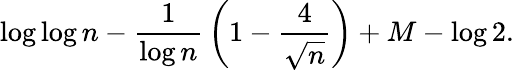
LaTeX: \log\log n-{\frac{1}{\log n}}\left(1-{\frac{4}{\sqrt{n}}}\right)+M-\log 2.